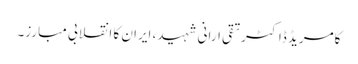
کامریڈ ڈاکٹرتقی ارانی شہید، ایران کا انقلابی مبارز۔